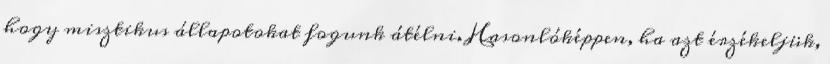
hogy misztikus állapotokat fogunk átélni. Hasonlóképpen, ha azt érzékeljük,